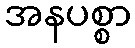
အနပစ္စာ